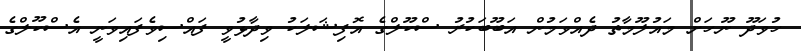
ހުވަދޫ ނޫހަށް މައުލޫމާތު ދެއްވަމުން އަބޫބަކުރު ސްކޫލްގެ އޮފިޝަލަކު ވިދާޅުވީ ފައްސިވެފައިވަނީ އެސްކޫލްގެ